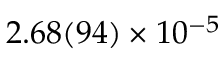
2 . 6 8 ( 9 4 ) \times 1 0 ^ { - 5 }